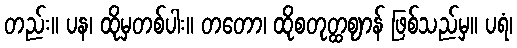
တည်း။ ပန၊ ထိုမှတစ်ပါး။ တတော၊ ထိုစတုတ္ထဈာန် ဖြစ်သည်မှ။ ပရံ၊